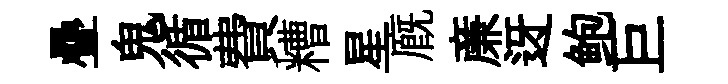
疊鬼循費糟星廐亷迓鲍巨